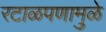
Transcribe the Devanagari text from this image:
रटाळपणामुळे